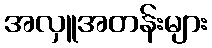
အလှူအတန်းများ